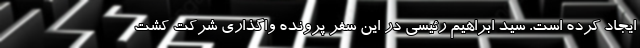
ایجاد کرده است. سید ابراهیم رئیسی در این سفر پرونده واگذاری شرکت کشت